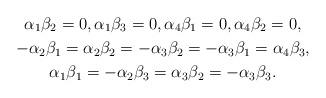
LaTeX: \begin{gather*} \alpha_1 \beta_2 = 0, \alpha_1 \beta_3 = 0, \alpha_4 \beta_1 = 0, \alpha_4 \beta_2 = 0,\\ - \alpha_2 \beta_1 = \alpha_2 \beta_2 = - \alpha_3 \beta_2 = - \alpha_3 \beta_1 = \alpha_4 \beta_3 ,\\ \alpha_1 \beta_1 = - \alpha_2 \beta_3 = \alpha_3 \beta_2 = - \alpha_3 \beta_3 .\end{gather*}